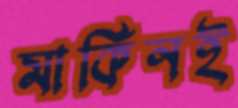
মার্কিনই